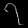
Digit: ၇